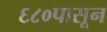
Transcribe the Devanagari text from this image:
६८०पासून